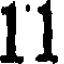
11